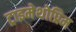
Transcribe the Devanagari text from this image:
ट्राइमेथोप्रिम